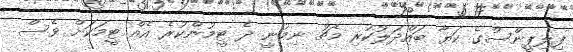
ފިލިޕީންސްގެ ކަޔާ ބައްދަލުކުރި މެޗު ނިމުނީ ދެ ޓީމުންކުރެ އެއް ޓީމަކަށް ވެސް